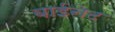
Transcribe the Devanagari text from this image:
बाईनेट